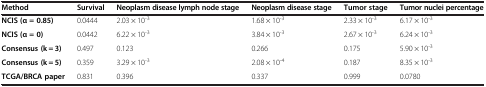
<table><thead><tr><td><b>Method</b></td><td><b>Survival</b></td><td><b>Neoplasm disease lymph node stage</b></td><td><b>Neoplasm disease stage</b></td><td><b>Tumor stage</b></td><td><b>Tumor nuclei percentage</b></td></tr></thead><tbody><tr><td><b>NCIS (α = 0.85)</b></td><td>0.0444</td><td>2.03 × 10<sup>-3</sup></td><td>1.68 × 10<sup>-3</sup></td><td>2.33 × 10<sup>-3</sup></td><td>6.17 × 10<sup>-3</sup></td></tr><tr><td><b>NCIS (α = 0)</b></td><td>0.0442</td><td>6.22 × 10<sup>-3</sup></td><td>3.84 × 10<sup>-3</sup></td><td>2.67 × 10<sup>-3</sup></td><td>6.24 × 10<sup>-3</sup></td></tr><tr><td><b>Consensus (k = 3)</b></td><td>0.497</td><td>0.123</td><td>0.266</td><td>0.175</td><td>5.90 × 10<sup>-3</sup></td></tr><tr><td><b>Consensus (k = 5)</b></td><td>0.359</td><td>3.29 × 10<sup>-3</sup></td><td>2.08 × 10<sup>-4</sup></td><td>0.187</td><td>8.35 × 10<sup>-3</sup></td></tr><tr><td><b>TCGA/BRCA paper</b></td><td>0.831</td><td>0.396</td><td>0.337</td><td>0.999</td><td>0.0780</td></tr></tbody></table>